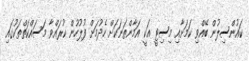
ކައުންސިލުން ބޭއްވި ކަމަށާއި މިސިޓީ އަކީ އަމާންތަނަކަށް ހެދުމަށް ފުލުހުން ކުރައްވާ މަސައްކަތްތަކުގައި